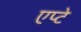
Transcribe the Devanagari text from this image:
एप्टे